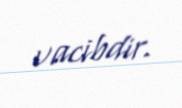
vacibdir.